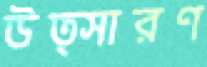
উত্সারণ